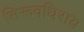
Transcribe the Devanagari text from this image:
तिरूवधिराय